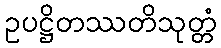
ဥပဋ္ဌိတဿတိသုတ္တံ